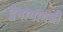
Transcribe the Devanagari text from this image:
द्वेषामागची